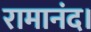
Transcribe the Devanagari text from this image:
रामानंद।